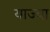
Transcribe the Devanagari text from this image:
याज्या